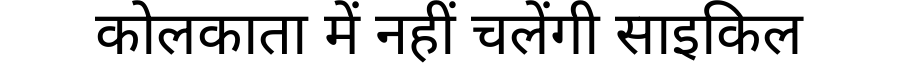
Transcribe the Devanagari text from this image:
कोलकाता में नहीं चलेंगी साइकिल